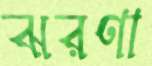
ঝরণা